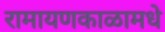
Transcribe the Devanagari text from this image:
रामायणकाळामधे